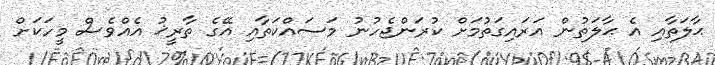
ޙާލަތާއި އެ ޙާލަތުން އަރައިގަތުމަށް ކުރަންޖެހުނު މަސައްކަތާއި އޭގެ ތާރީޚު އެއްވެސް މީހަކަށް